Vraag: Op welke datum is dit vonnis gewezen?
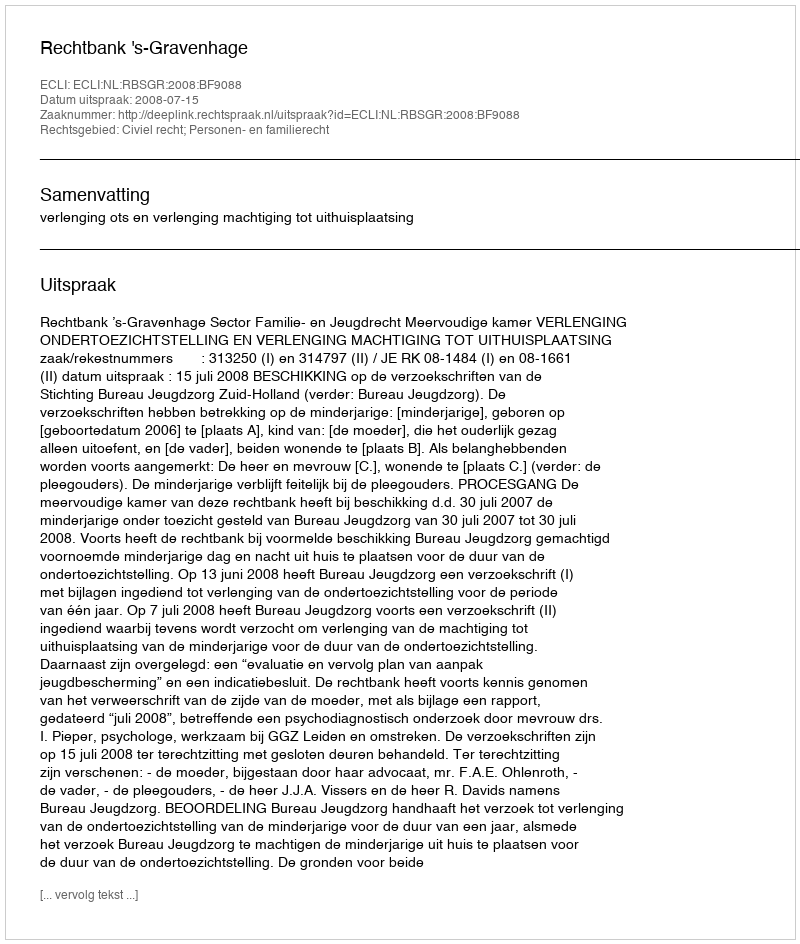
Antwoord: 2008-07-15